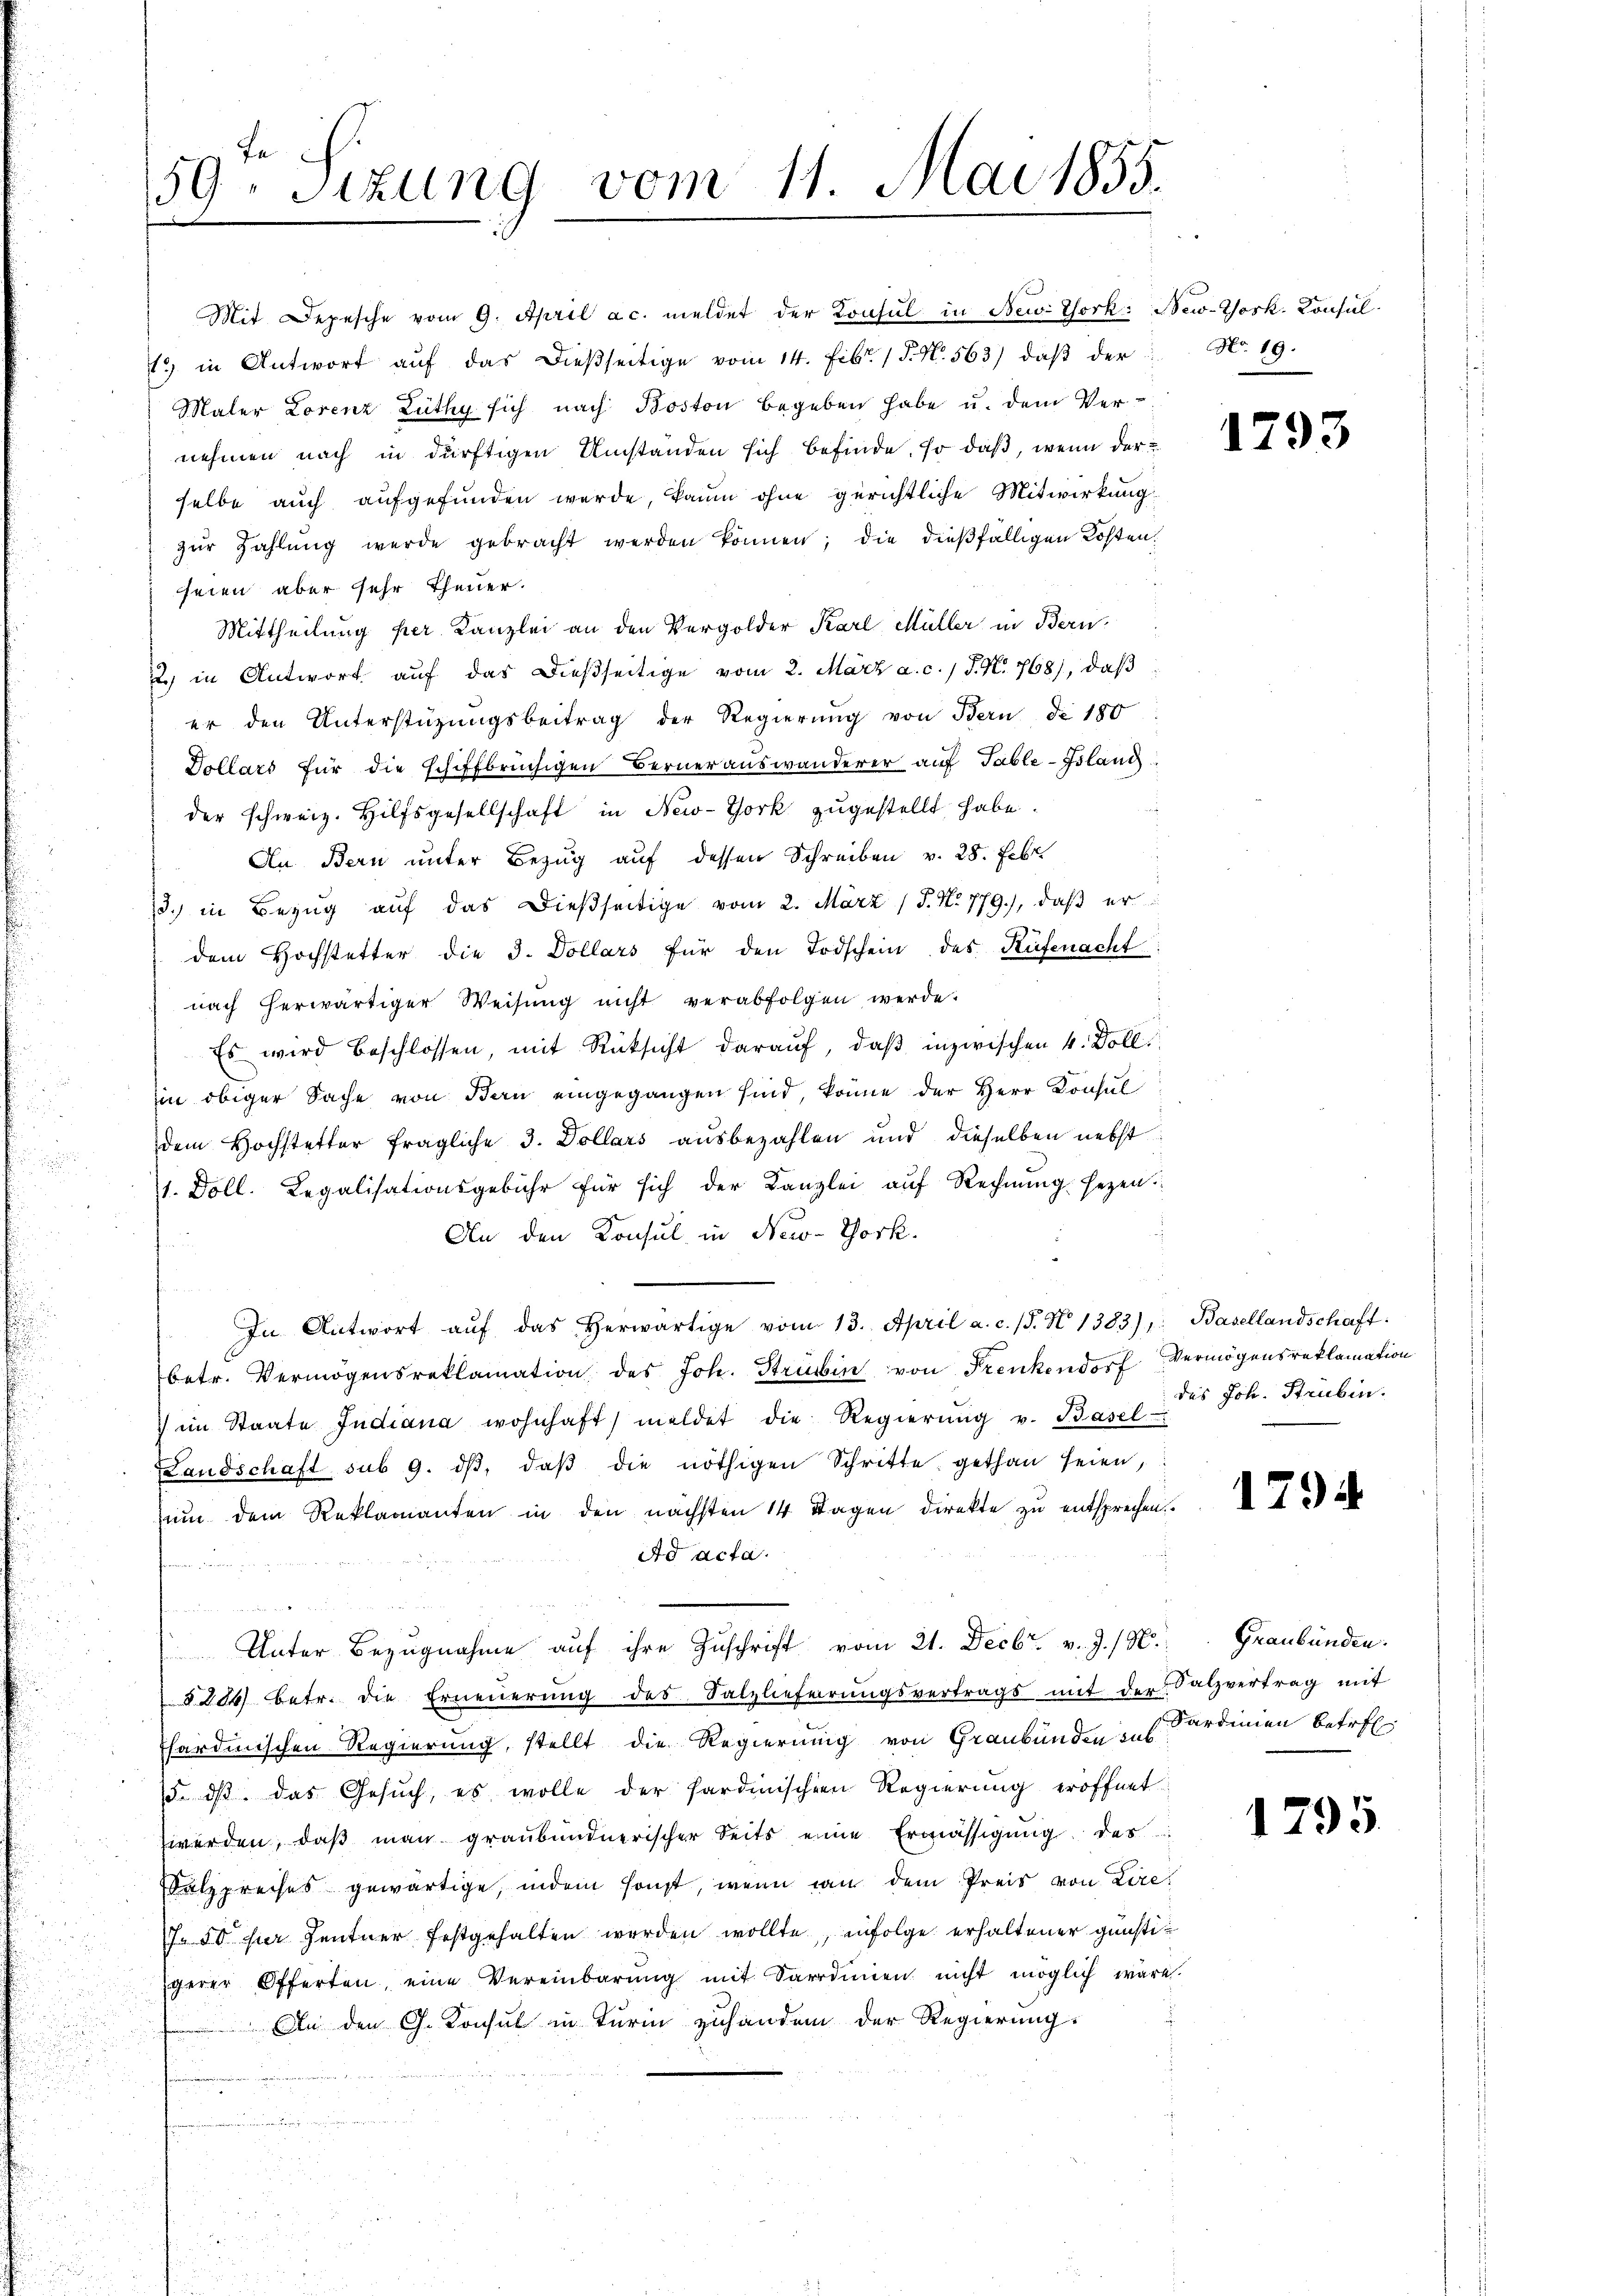
Mit Depesche vom 9. April a c. meldet der Konsul in Bewi Thork: New-York, Konsul
1.) in Antwort auf das dießseitige vom 14. Febr. 15. No. 563) daß der
Maler Lorenz Lüthy sich nach Boston begeben habe u. dem Ver-
nehmen nach in dürftigen Umständen sich befinde, so daß, wenn der
selbe auch aufgefunden werde, kaum ohne gerichtliche Mitwirkung
zŭr Zahlŭng werde gebracht werden können; die dießfälligen Kosten.
seien, aber sehr theuer.
Mittheilung per Kanzlei an den Vergolder Karl Müller in Bern,
22, in Antwort aŭf das dießseitige vom 2. März a. c. J. N. 768), daß
er den Unterstüzungsbeitrag der Regierung von Bern de 180
Dollars für die schiffbrüchigen Berneraŭswanderer aŭf Table-Island
der schweiz. Hilfsgesellschaft in New-York zugestellt habe.
An Bern unter Bezŭg aŭf dessen Schreiben v. 28. Febr.
13.) in Bezug auf das dießseitige vom 2. März (S. Nr. 779.), daß er
dem Hochstetter die 3. Dollars für den Todschein des Rüfenacht:
nach herwärtiger Weisŭng nicht verabfolgen werde.
Es wird beschlossen, mit Rücksicht darauf, daβ inzwischen 4 Doll.
in obiger Sache von Bern eingegangen sind, könne der Herr Konsul
dem Hochstetter fragliche 3. Dollars ausbezahlen und dieselben nebst
1. Doll. Legalisationsgebühr für sich der Kanzlei aŭf Rechnŭng sezen.
An den Konsul in New-York.
.
In Antwort aŭf das herwärtige vom 13. April a. c. s. N. 1383), Basellandschaft:
betr. Vermögensreklamation des Joh. Strubin von Frenkendorf Vermögensreklamation
 im Staate Indiana wohnhaft) meldet die Regierŭng v. Basel
Landschaft sub 9. dβ, daβ die nöthigen Schritte gethan seien,
num dem Reklamanten in den nächsten 14 Tagen direkte zu entsprechen.
Ad acta.
n
 e n d
 Unter Bezugnahme auf ihre Zuschrift vom 21. Decbr. v. J. / N.: Graubünden.
8204 betr. die Erneŭerŭng des Salzlieferŭngsvertrags mit der Salzvertrag mit
thardinischen Regierung, stellt die Regierung von Graubünden Sardinien betreff
15. dβ das Gesuch, es wolle der Sardinischen Regierung eröffnet
zwerden, daß man graubündnerischer Seits eine Ermässigung des
alzpreises gewärtige, indem sonst, wenn man dem Preis von Lire¬
1. 50 per Zentner festgehalten werden wollte, infolge erhaltener günstiigerer Offerten, eine Vereinbarŭng mit Sardinien nicht möglich wäre
An den G. Konsul in Turin zuhanden der Regierung.
u

fa
59. Sitzung vom 11. Mai 1855.

No. 19.

5

1293

des Joh. Struben.

1794

1795.